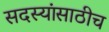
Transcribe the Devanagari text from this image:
सदस्यांसाठीच